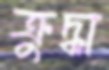
ক্রুদ্ধা